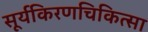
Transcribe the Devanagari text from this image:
सूर्यकिरणचिकित्सा